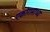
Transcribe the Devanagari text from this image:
एकोरामाध्य